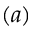
( a )